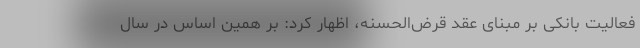
فعالیت بانکی بر مبنای عقد قرض‌الحسنه، اظهار کرد: بر همین اساس در سال